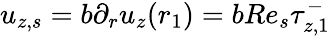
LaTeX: u_{z,s}=b\partial_{r}u_{z}(r_{1})=bRe_{s}\tau_{z,1}^{-}